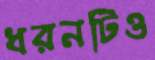
ধরনটিও